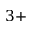
3 +